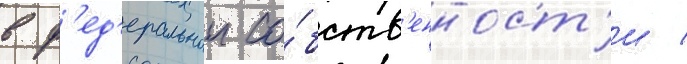
в ф'ед'еральнои со́бств'енност'и /